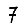
Digit: 7